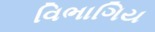
વિભાગિય